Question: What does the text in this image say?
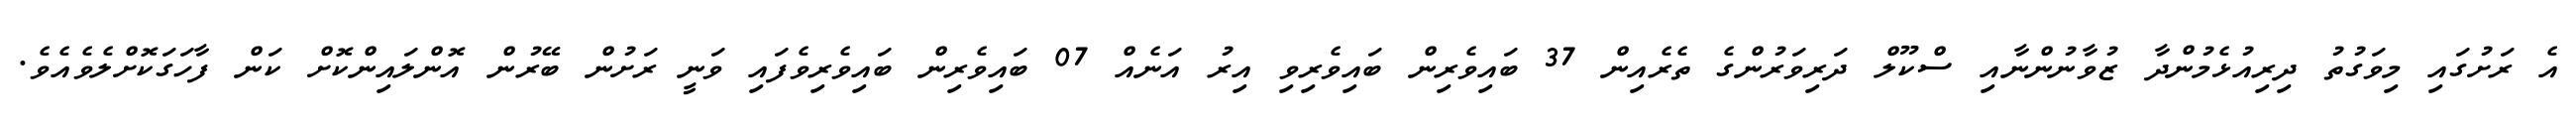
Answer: އެ ރަށުގައި މިވަގުތު ދިރިއުޅެމުންދާ ޒުވާނުންނާއި ސްކޫލް ދަރިވަރުންގެ ތެރެއިން 37 ބައިވެރިން ބައިވެރިވި އިރު އަނެއް 07 ބައިވެރިން ބައިވެރިވެފައި ވަނީ ރަށުން ބޭރުން އޮންލައިންކޮށް ކަން ފާހަގަކޮށްލެވެއެވެ.